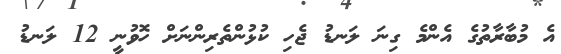
އެ މުބާރާތުގެ އެންމެ ގިނަ ލަނޑު ޖެހި ކުޅުންތެރިންނަށް ހޮވުނީ 12 ލަނޑު